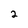
Character: 2